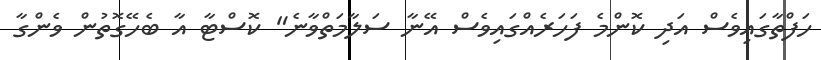
ހަފްތާގައިވެސް އަދި ކޮންމެ ފަހަރެއްގައިވެސް އޭނާ ސަލާމަތްވާނެ" ކޮސްޓާ އާ ބެހޭގޮތުން ވެންގާ